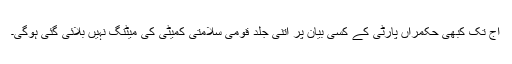
آج تک کبھی حکمراں پارٹی کے کسی بیان پر اتنی جلد قومی سلامتی کمیٹی کی میٹنگ نہیں بلائی گئی ہوگی۔